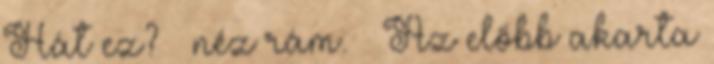
Hát ez? – néz rám. – Az előbb akarta